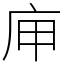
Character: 庘